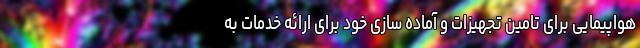
هواپیمایی برای تامین تجهیزات و آماده سازی خود برای ارائه خدمات به